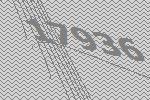
17936